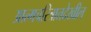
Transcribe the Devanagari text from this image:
आत्मचरित्रातदेखील